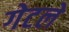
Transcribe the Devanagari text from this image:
गेटले